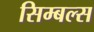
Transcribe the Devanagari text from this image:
सिम्बल्स